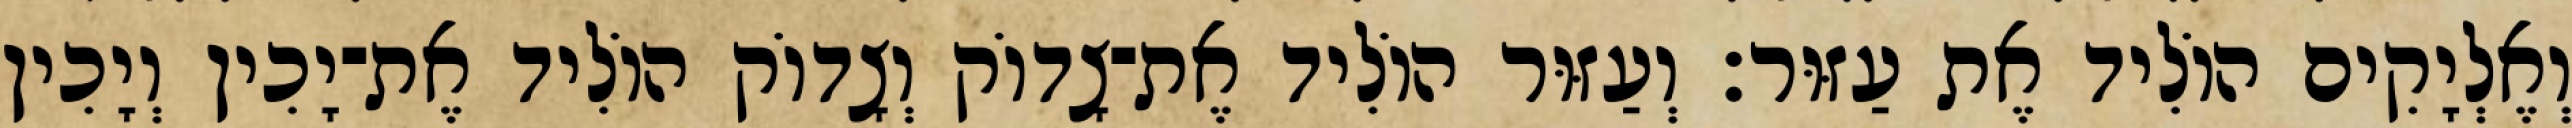
וְאֶלְיָקִים הוֹלִיד אֶת עַזּוּר׃ וְעַזּוּר הוֹלִיד אֶת־צָדוֹק וְצָדוֹק הוֹלִיד אֶת־יָכִין וְיָכִין